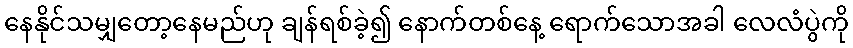
နေနိုင်သမျှတော့နေမည်ဟု ချန်ရစ်ခဲ့၍ နောက်တစ်နေ့ ရောက်သောအခါ လေလံပွဲကို